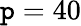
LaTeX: \mathtt{p}=40